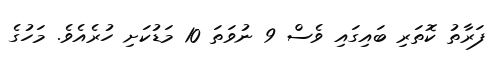
ފަރާތު ކޮތަރި ބައިގައި ވެސް 9 ނުވަތަ 10 މަޑުކަށި ހުރެއެވެ. މަހުގެ